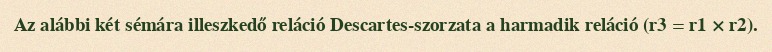
Az alábbi két sémára illeszkedő reláció Descartes-szorzata a harmadik reláció (r3 = r1 × r2).